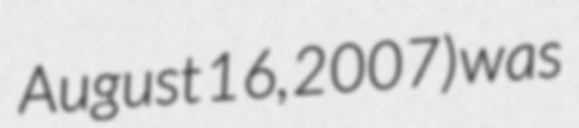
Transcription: August 16, 2007) was